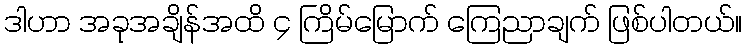
ဒါဟာ အခုအချိန်အထိ ၄ ကြိမ်မြောက် ကြေညာချက် ဖြစ်ပါတယ်။